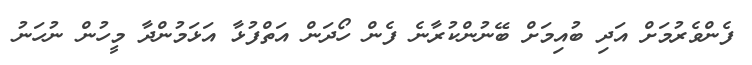
ފެންވެރުމަށް އަދި ބުއިމަށް ބޭނުންކުރާނެ ފެން ހޯދަން އަތްފުޅާ އަޅަމުންދާ މީހުން ނުހަނު